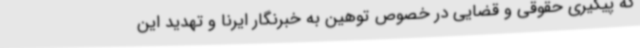
که پیگیری حقوقی و قضایی در خصوص توهین به خبرنگار ایرنا و تهدید این